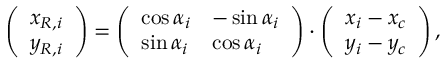
\left( \begin{array} { l } { x _ { R , i } } \\ { y _ { R , i } } \end{array} \right) = \left( \begin{array} { l l } { \cos { \alpha _ { i } } } & { - \sin { \alpha _ { i } } } \\ { \sin { \alpha _ { i } } } & { \cos { \alpha _ { i } } } \end{array} \right) \cdot \left( \begin{array} { l } { x _ { i } - x _ { c } } \\ { y _ { i } - y _ { c } } \end{array} \right) ,